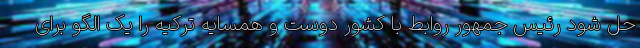
حل شود رئیس جمهور روابط با کشور دوست و همسایه ترکیه را یک الگو برای